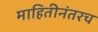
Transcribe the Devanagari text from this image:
माहितीनंतरच